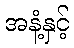
အနံ့နှင့်